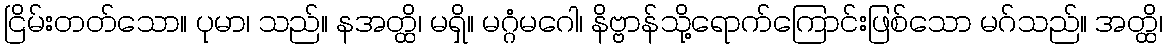
ငြိမ်းတတ်သော။ ပုမာ၊ သည်။ နအတ္ထိ၊ မရှိ။ မဂ္ဂံမဂေါ၊ နိဗ္ဗာန်သို့ရောက်ကြောင်းဖြစ်သော မဂ်သည်။ အတ္ထိ၊